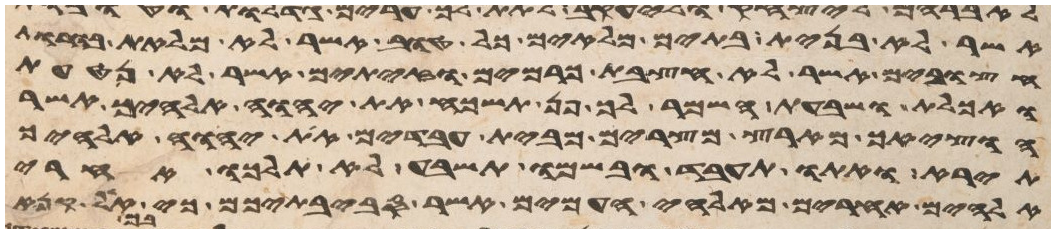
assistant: אשר לא בנית בתים מלאים כל טוב אשר לא מלאת בורות
חצובים אשר לא חצבת כרמים וזיתים אשר לא נטעת
ואכלת ושבעת השמר לך פן תשכח את יהוה אלהיך אשר
הוציאך מארץ מצרים מבית עבדים את יהוה אלהיך
תירא ואתו תעבד ובשמו תשבע לא תלכו אחרי
אלהים אחרים מאלהי העמים אשר סביבתיכם כי אל קנא